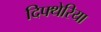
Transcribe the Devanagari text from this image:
दिफ्थेरिया